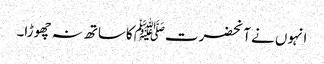
انہوں نے آنحضرتﷺ کاساتھ نہ چھوڑا۔